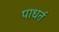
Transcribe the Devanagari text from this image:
पाधर्त